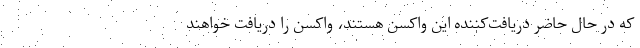
که در حال حاضر دریافت‌کننده این واکسن هستند، واکسن را دریافت خواهند